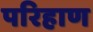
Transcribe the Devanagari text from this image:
परिहाण